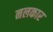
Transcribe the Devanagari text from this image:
नलकार